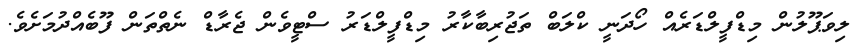
ލިވަޕޫލުން މިޑްފީލްޑަރެއް ހޯދަނީ ކްލަބް ތަޖުރިބާކާރު މިޑްފީލްޑަރު ސްޓީވެން ޖެރާޑް ނެތްތަން ފޫބެއްދުމަށެވެ.